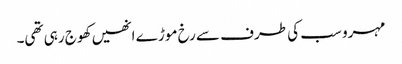
مہرو سب کی طرف سے رخ موڑ ے انھیں کھوج رہی تھی۔